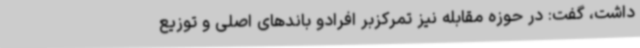
داشت، گفت: در حوزه‌ مقابله نیز تمرکزبر افرادو باندهای اصلی و توزیع